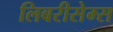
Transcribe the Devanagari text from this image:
लिबरीसेम्स